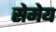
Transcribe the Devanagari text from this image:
सेमेय